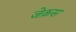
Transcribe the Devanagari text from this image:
जेक़स